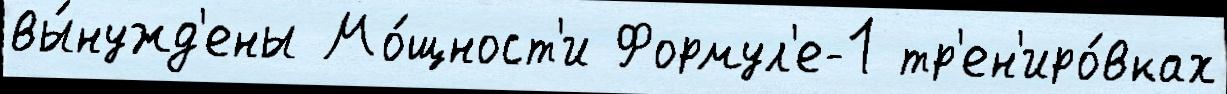
вы́нужд'ены Мо́щност'и Формул'е-1 тр'ен'иро́вках